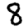
Digit: 8